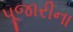
પૂજારીના